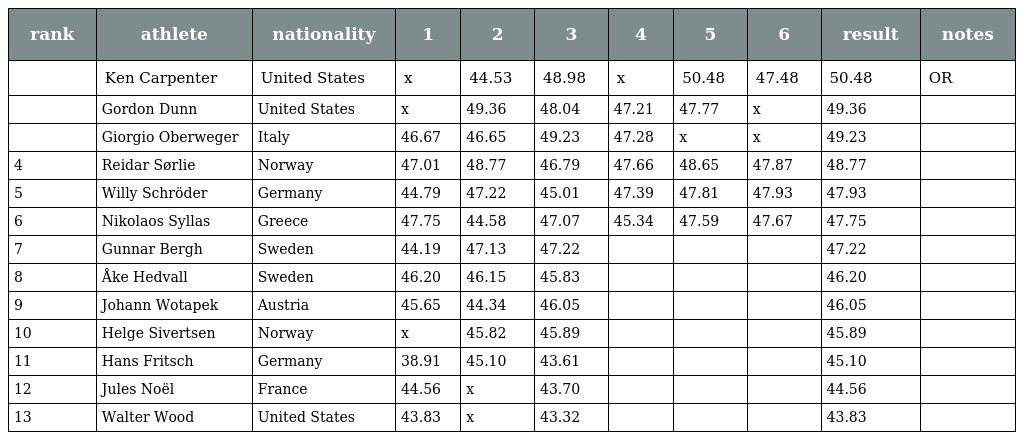
| rank | athlete | nationality | 1 | 2 | 3 | 4 | 5 | 6 | result | notes |
 | --- | --- | --- | --- | --- | --- | --- | --- | --- | --- | --- |
 |  | Ken Carpenter | United States | x | 44.53 | 48.98 | x | 50.48 | 47.48 | 50.48 | OR |
 |  | Gordon Dunn | United States | x | 49.36 | 48.04 | 47.21 | 47.77 | x | 49.36 |  |
 |  | Giorgio Oberweger | Italy | 46.67 | 46.65 | 49.23 | 47.28 | x | x | 49.23 |  |
 | 4 | Reidar Sørlie | Norway | 47.01 | 48.77 | 46.79 | 47.66 | 48.65 | 47.87 | 48.77 |  |
 | 5 | Willy Schröder | Germany | 44.79 | 47.22 | 45.01 | 47.39 | 47.81 | 47.93 | 47.93 |  |
 | 6 | Nikolaos Syllas | Greece | 47.75 | 44.58 | 47.07 | 45.34 | 47.59 | 47.67 | 47.75 |  |
 | 7 | Gunnar Bergh | Sweden | 44.19 | 47.13 | 47.22 |  |  |  | 47.22 |  |
 | 8 | Åke Hedvall | Sweden | 46.20 | 46.15 | 45.83 |  |  |  | 46.20 |  |
 | 9 | Johann Wotapek | Austria | 45.65 | 44.34 | 46.05 |  |  |  | 46.05 |  |
 | 10 | Helge Sivertsen | Norway | x | 45.82 | 45.89 |  |  |  | 45.89 |  |
 | 11 | Hans Fritsch | Germany | 38.91 | 45.10 | 43.61 |  |  |  | 45.10 |  |
 | 12 | Jules Noël | France | 44.56 | x | 43.70 |  |  |  | 44.56 |  |
 | 13 | Walter Wood | United States | 43.83 | x | 43.32 |  |  |  | 43.83 |  |